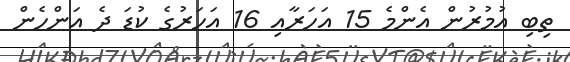
ތިބި އުމުރުން އެންމެ 15 އަހަރާއި 16 އަހަރުގެ ކުޑަ ދެ އަންހެން